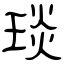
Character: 琰